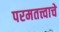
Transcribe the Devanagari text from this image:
परमतत्त्वाचे